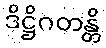
ဒိဋ္ဌိဂတန္တိ